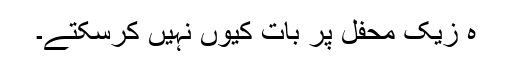
ہ زیک محفل پر بات کیوں نہیں کرسکتے۔